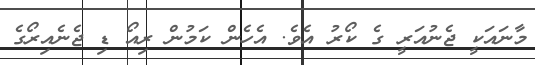
މާނައަކީ ޖެނުއަރީ ގެ ކޯރު އެވެ. އެހެން ކަމުން ރިއޯ ޑި ޖެނެއިރޯގެ